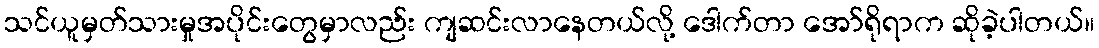
သင်ယူမှတ်သားမှုအပိုင်းတွေမှာလည်း ကျဆင်းလာနေတယ်လို့ ဒေါက်တာ အော်ရိုရာက ဆိုခဲ့ပါတယ်။